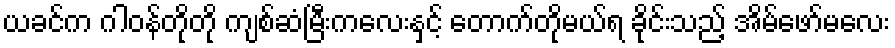
ယခင်က ဂါဝန်တိုတို ကျစ်ဆံမြီးကလေးနှင့် တောက်တိုမယ်ရ ခိုင်းသည့် အိမ်ဖော်မလေး